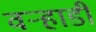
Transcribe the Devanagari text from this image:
वर्‍हाडीं